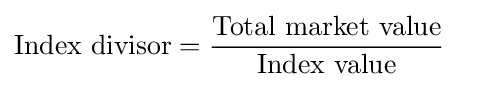
{\begin{aligned}\mathrm {Index~divisor} &={\frac {\mathrm {Total~market~value} }{\mathrm {Index~value} }}\end{aligned}}